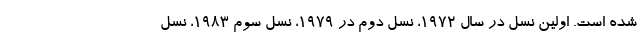
شده است. اولین نسل در سال 1972، نسل دوم در 1979، نسل سوم 1983، نسل